Vaccination in Burma 1889-1999 - 1889-1999
Year: 1889
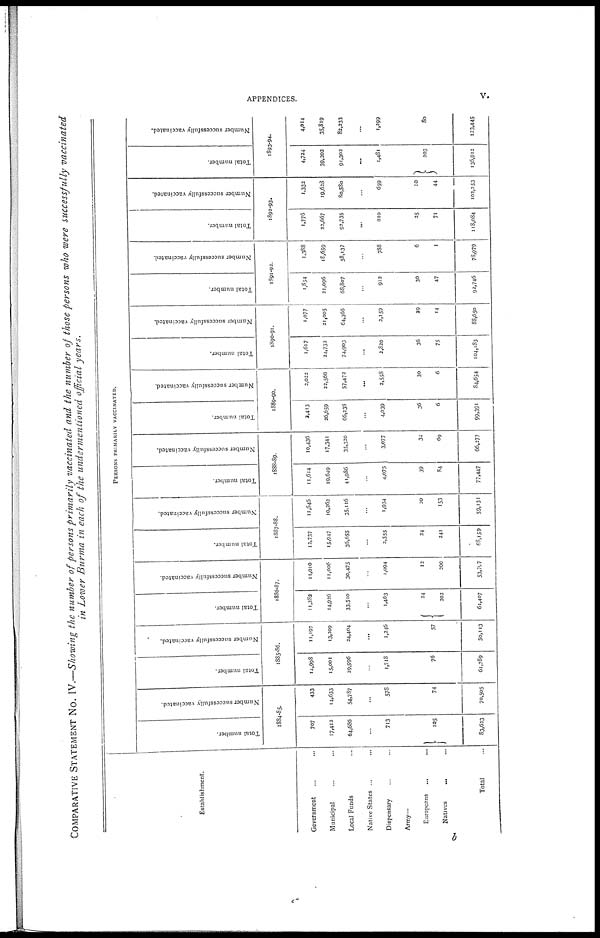
APPENDICES.
v.
COMPARATIVE STATEMENT No. IV.—Showing the number of persons primarily vaccinated and the number of those persons who were successfully vaccinated
in Lower Burma in each of the undermentioned official years.
Establishment.
Government... ... ...
Municipal... ... ...
Local Funds... ...
Native States ...
Dispensary... ...
Army-
Europeans... ...
Natives
...
Total...
PERSONS PRIMARILY VACCINATED.
Total number.
Number successfully vaccinated.
1884-85.
707
17,412
64,686
...
713
105
83,623
433
14,633
54,787
...
578
74
70,505
Total number.
Number successfully vaccinated.
1885-86.
14,998
15,001
29,996
...
1,718
76
61,789
11,197
13,209
24,404
...
1,246
57
50,113
Total number.
Number successfully vaccinated.
1886-87.
11,282
14,926
33,510
...
1,463
24
202
61,407
11,010
11,006
30,475
...
1,094
13
200
53,797
Total number.
Number successfully vaccinated.
1887-88.
12,737
15,947
36,655
...
2,555
24
241
68,159
11,646
10,262
35,116
...
1,934
20
153
59,131
Total number.
Number successfully vaccinated.
1888-89.
11,614
19,649
41,986
...
4,075
39
84
77,447
10,436
17,341
35,320
...
3,077
34
69
66,377
Total number.
Number successfully vaccinated.
1889-90.
2,413
26,659
66,238
...
4,039
36
6
99,391
2,022
22,566
57,472
...
2,558
30
6
84,654
Total number.
Number successfully vaccinated.
1890-91.
1,617
24,732
74,903
...
2,820
36
75
104,183
1,077
21,005
64,366
...
2,159
29
14
88,650
Total number.
Number successfully vaccinated.
1891-92.
1,854
21,096
68,807
...
912
30
47
92,746
1,388
18,659
58,137
...
788
6
1
78,979
Total number.
Number successfully vaccinated.
1892-93.
1,776
22,667
92,735
...
810
25
71
118,084
1,332
19,623
80,580
...
659
10
44
102,253
Total number.
Number successfully vaccinated.
1893-94.
4,724
39,202
91,302
...
1,481
203
136,912
4,014
35,819
82,233
...
1,299
80
123,445
b